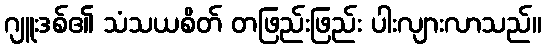
ဂျူးဒစ်၏ သံသယစိတ် တဖြည်းဖြည်း ပါးလျားလာသည်။